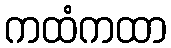
ကထံကထာ